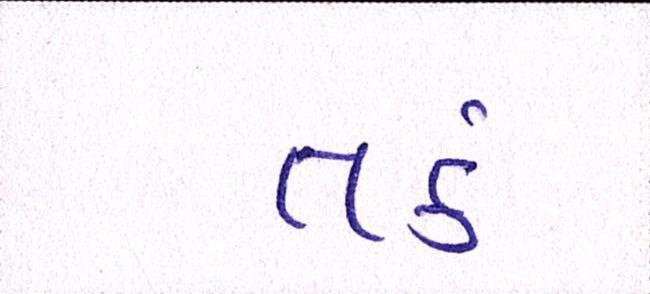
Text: તર્ક